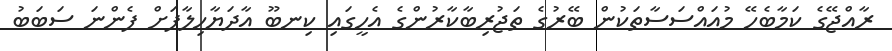
ރާއްޖޭގެ ކަމާބެހޭ މުއައްސަސާތަކުން ބޭރުގެ ތަޖުރިބާކާރުންގެ އެހީގައި ކިނބޫ އާދަޔާހިލާފަށް ފެންނަ ސަބަބު